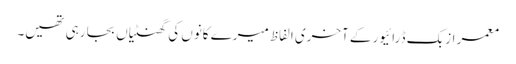
معمر ازبک ڈرائیور کے آخری الفاظ میرے کانوں کی گھنٹیاں بجا رہی تھیں۔